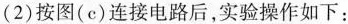
(2)按图(c)连接电路后，实验操作如下：